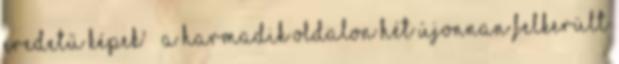
eredetű képek' » a harmadik oldalon hét újonnan felkerült